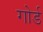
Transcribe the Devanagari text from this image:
गोर्ड